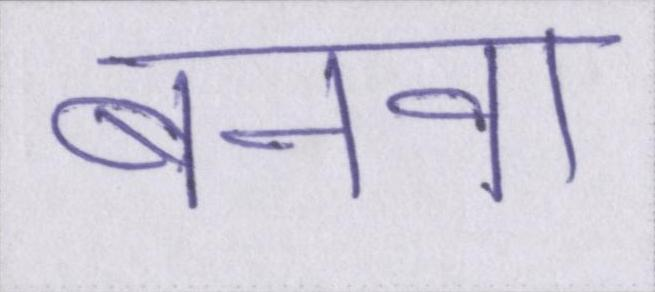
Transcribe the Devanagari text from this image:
बनवा